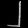
Digit: ၂